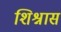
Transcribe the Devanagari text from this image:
शिश्नास